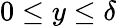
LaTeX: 0\le y\le\delta